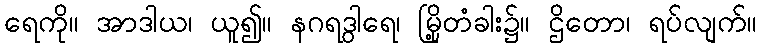
ရေကို။ အာဒါယ၊ ယူ၍။ နဂရဒွါရေ၊ မြို့တံခါး၌။ ဌိတော၊ ရပ်လျက်။